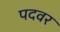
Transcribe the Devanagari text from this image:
पदवर